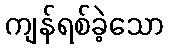
ကျန်ရစ်ခဲ့သော